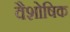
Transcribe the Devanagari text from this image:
वैशोषिक